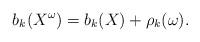
LaTeX: \begin{align*}b_k(X^\omega)=b_k(X)+\rho_k(\omega). \end{align*}